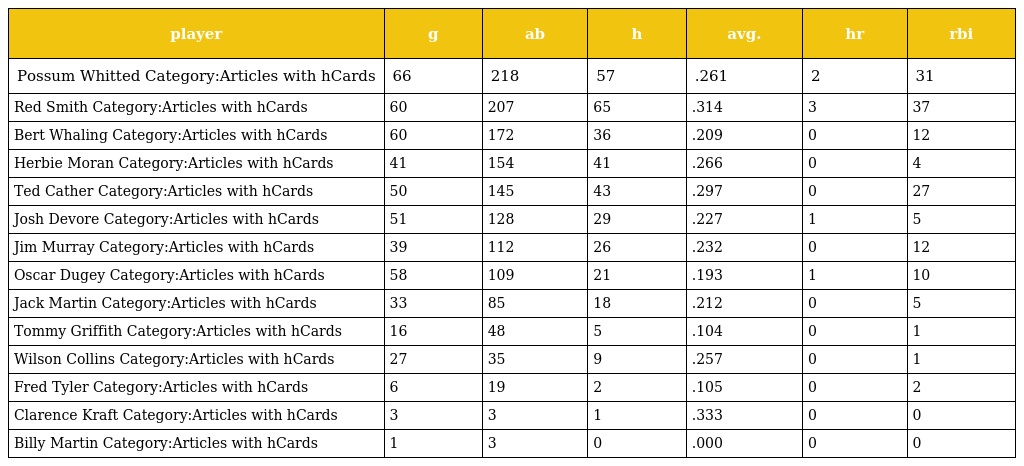
| player | g | ab | h | avg. | hr | rbi |
 | --- | --- | --- | --- | --- | --- | --- |
 | Possum Whitted Category:Articles with hCards | 66 | 218 | 57 | .261 | 2 | 31 |
 | Red Smith Category:Articles with hCards | 60 | 207 | 65 | .314 | 3 | 37 |
 | Bert Whaling Category:Articles with hCards | 60 | 172 | 36 | .209 | 0 | 12 |
 | Herbie Moran Category:Articles with hCards | 41 | 154 | 41 | .266 | 0 | 4 |
 | Ted Cather Category:Articles with hCards | 50 | 145 | 43 | .297 | 0 | 27 |
 | Josh Devore Category:Articles with hCards | 51 | 128 | 29 | .227 | 1 | 5 |
 | Jim Murray Category:Articles with hCards | 39 | 112 | 26 | .232 | 0 | 12 |
 | Oscar Dugey Category:Articles with hCards | 58 | 109 | 21 | .193 | 1 | 10 |
 | Jack Martin Category:Articles with hCards | 33 | 85 | 18 | .212 | 0 | 5 |
 | Tommy Griffith Category:Articles with hCards | 16 | 48 | 5 | .104 | 0 | 1 |
 | Wilson Collins Category:Articles with hCards | 27 | 35 | 9 | .257 | 0 | 1 |
 | Fred Tyler Category:Articles with hCards | 6 | 19 | 2 | .105 | 0 | 2 |
 | Clarence Kraft Category:Articles with hCards | 3 | 3 | 1 | .333 | 0 | 0 |
 | Billy Martin Category:Articles with hCards | 1 | 3 | 0 | .000 | 0 | 0 |